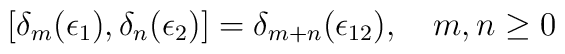
[\delta_m (\epsilon_1), \delta_n (\epsilon_2)]= \delta_{m + n} (\epsilon_{12}), \quad m,n \geq 0